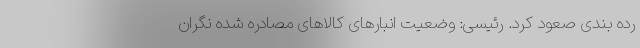
رده بندی صعود کرد. رئیسی: وضعیت انبارهای کالاهای مصادره شده نگران